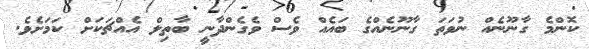
ކޮންމެ ގާނޫނެއް ނުވަތަ ގާނޫނެއްގެ ބައެއް ވެސް ވެގެންދާނީ ބާތިލް އެއްޗަކަށް ކަމަށެވެ.